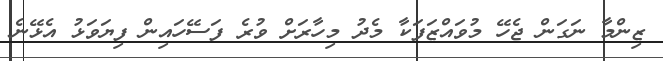
ޒިންމާ ނަގަން ޖެހޭ މުވައްޒަފަކާ މެދު މިހާރަށް ވުރެ ފަސޭހައިން ފިޔަވަޅު އެޅޭނެ